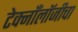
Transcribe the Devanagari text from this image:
टेक्नाँलॉजीचा